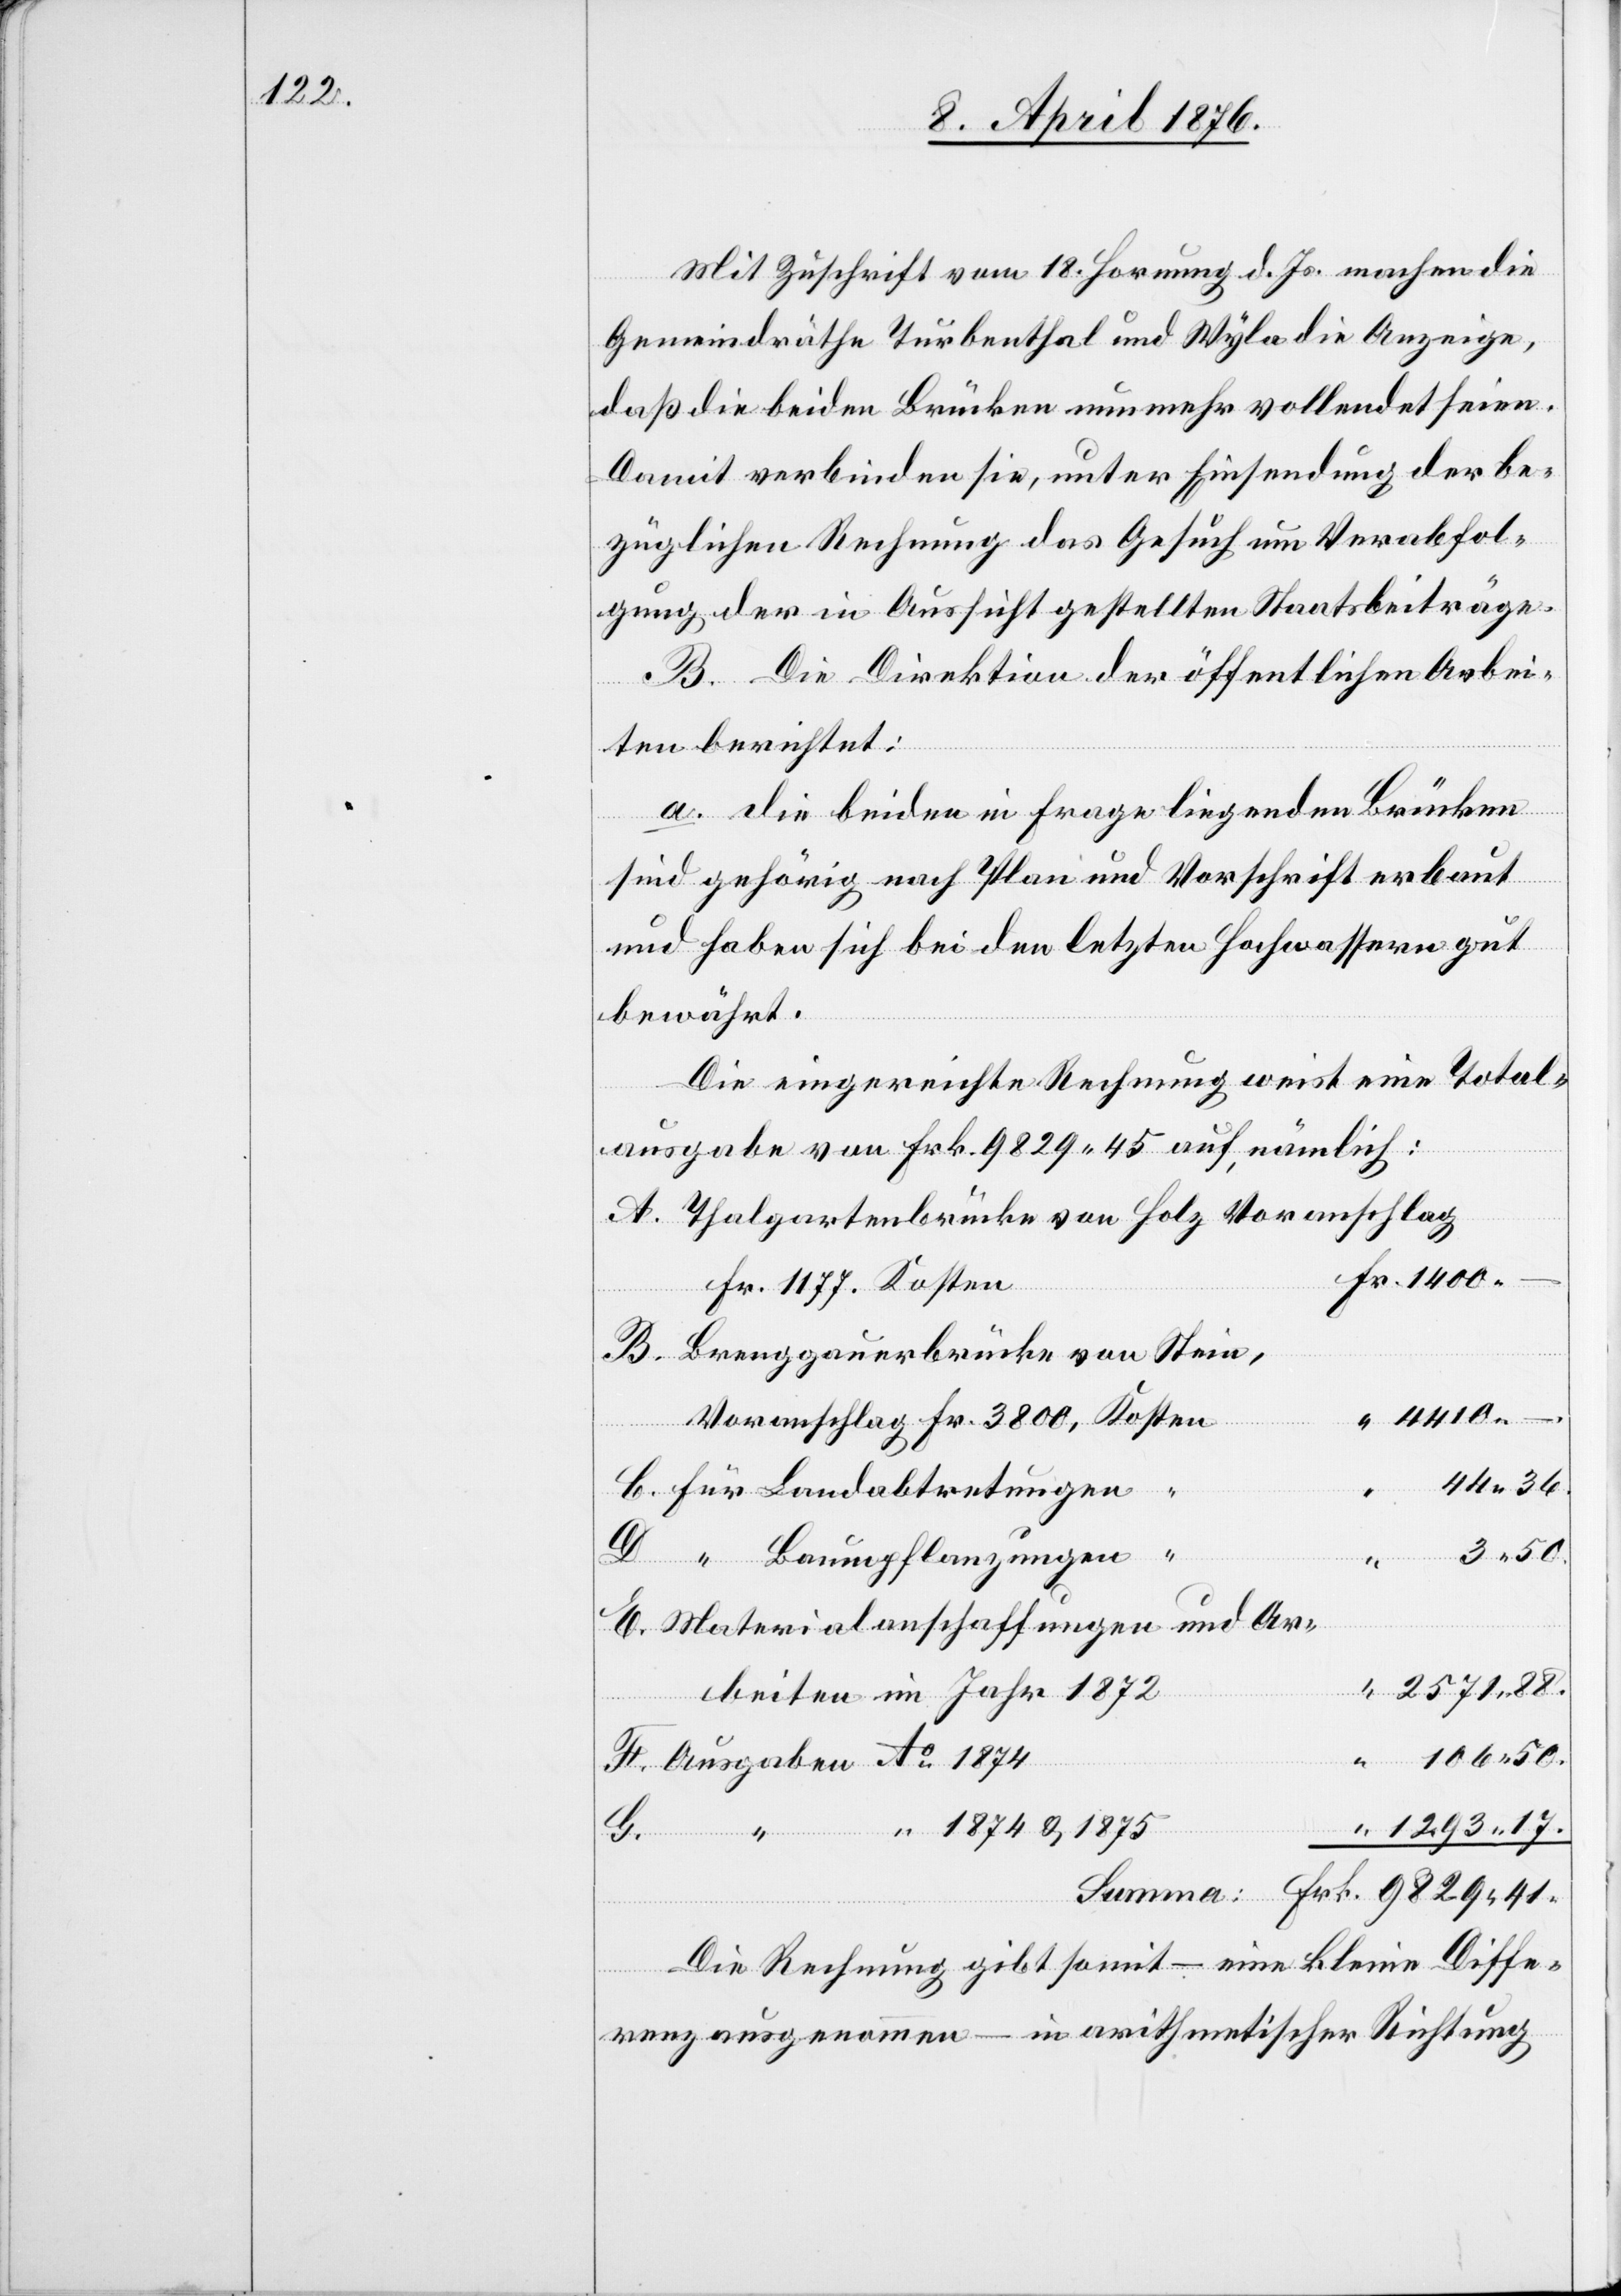
Mit Zuschrift vom 18. Hornung d. Js. machen die
Gemeindräthe Turbenthal und Wyla die Anzeige,
daß die beiden Brücken nunmehr vollendet seien.
Damit verbinden sie, unter Einsendung der be¬
züglichen Rechnung das Gesuch um Verabfol¬
gung der in Aussicht gestellten Staatsbeiträge.
B. Die Direktion der öffentlichen Arbei¬
ten berichtet:
a. die beiden in Frage liegenden Brücken
sind gehörig nach Plan und Vorschrift erbaut
und haben sich bei den letzten Hochwassern gut
bewärt.
Die eingereichte Rechnung weist eine Total¬
ausgabe von Frk. 9829 45 auf, nämlich:
Thalgartenbrücke von Holz Voranschlag,
Fr. 3800,
Brengauerbrücke von Stein,
4410
Frk.
41.
“ Baumpflanzungen
Materialanschaffungen und Ar¬
beiten im Jahr 1872
F.
Ausgaben Ao 1874
“ “ 1874 & 1875
–.
Die Rechnung gibt somit – eine kleine Diffe¬
Summa:
renz ausgenommen – in eigentlicher Richtung